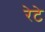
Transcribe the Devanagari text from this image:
रेटे